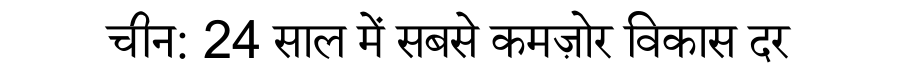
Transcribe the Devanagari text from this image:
चीन: 24 साल में सबसे कमज़ोर विकास दर